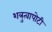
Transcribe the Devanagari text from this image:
शत्रुत्वापोटी